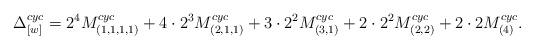
LaTeX: \begin{align*}\Delta_{[w]}^{cyc} =2^4M^{cyc}_{(1,1,1,1)}+4\cdot 2^3M^{cyc}_{(2,1,1)}+3\cdot 2^2M^{cyc}_{(3,1)}+2\cdot 2^2M^{cyc}_{(2,2)}+2\cdot 2M^{cyc}_{(4)}.\end{align*}